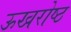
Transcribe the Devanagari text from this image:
ऊखरोष्ठ